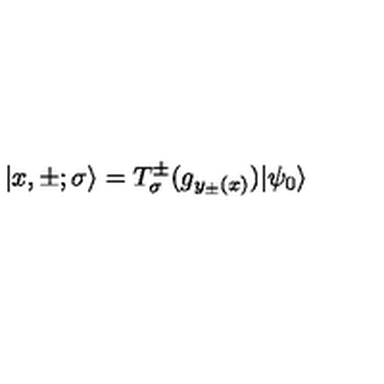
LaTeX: | x , \pm ; \sigma \rangle = T _ { \sigma } ^ { \pm } ( g _ { y _ { \pm } ( x ) } ) | \psi _ { 0 } \rangle